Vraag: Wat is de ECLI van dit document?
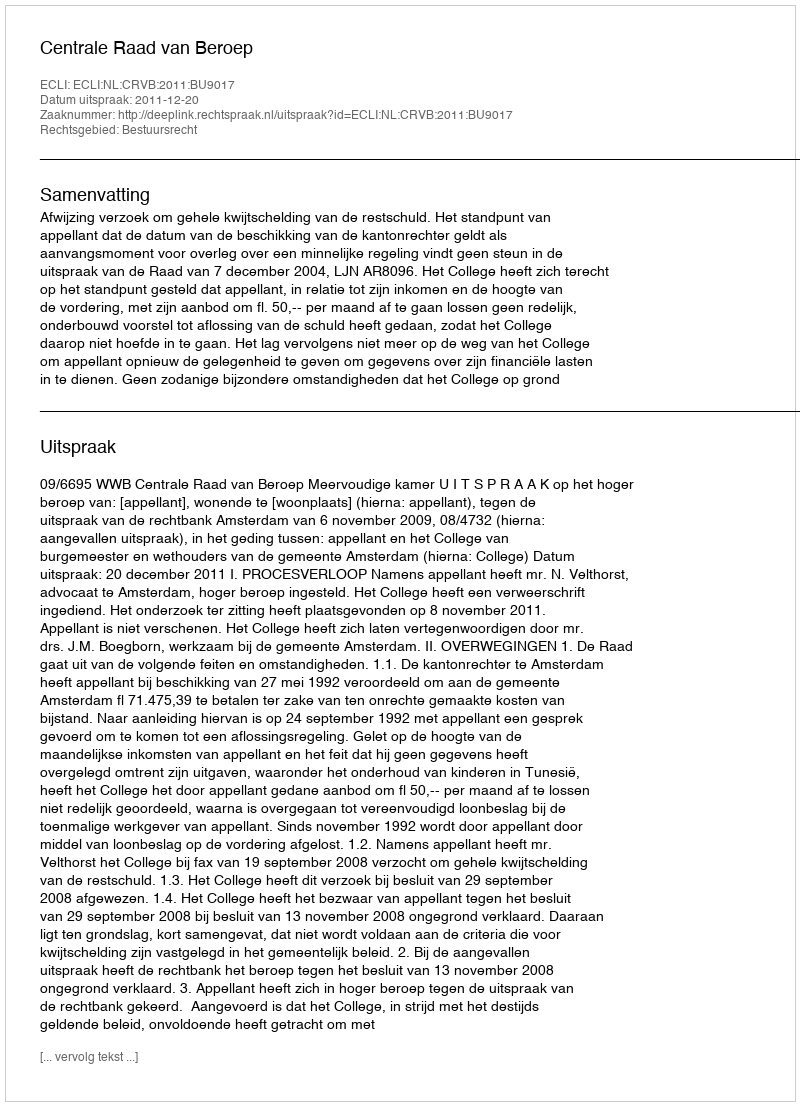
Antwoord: ECLI:NL:CRVB:2011:BU9017